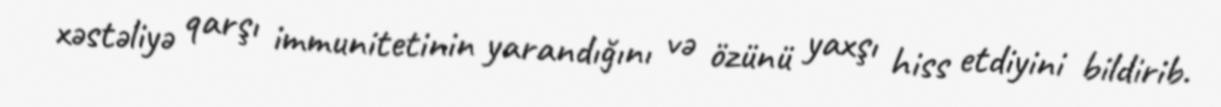
xəstəliyə qarşı immunitetinin yarandığını və özünü yaxşı hiss etdiyini bildirib.